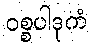
ဝစ္စပါဒုကံ